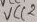
Text: VCC2